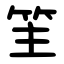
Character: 䇠